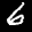
Label: 6